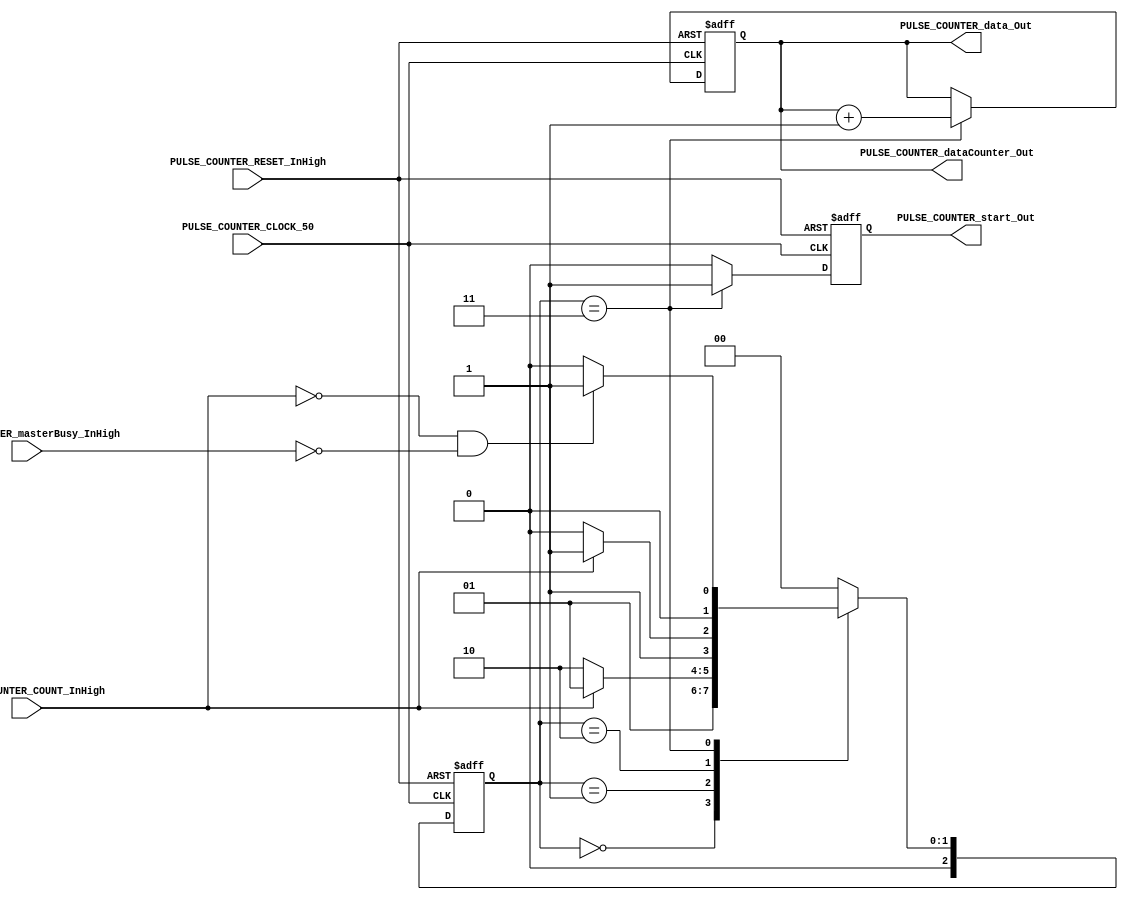
/*###########################################################################
//# G0B1T: HDL SERIAL COMMUNICATION PROTOCOLS. 2020.
//###########################################################################
//# Copyright (C) 2018. F.E.Segura Quijano (FES) fsegura@uniandes.edu.co
//# Copyright (C) 2020. F.A.Acosta David   (FAD) fa.acostad@uniandes.edu.co
//# 
//# This program is free software: you can redistribute it and/or modify
//# it under the terms of the GNU General Public License as published by
//# the Free Software Foundation, version 3 of the License.
//#
//# This program is distributed in the hope that it will be useful,
//# but WITHOUT ANY WARRANTY; without even the implied warranty of
//# MERCHANTABILITY or FITNESS FOR A PARTICULAR PURPOSE.  See the
//# GNU General Public License for more details.
//#
//# You should have received a copy of the GNU General Public License
//# along with this program.  If not, see <http://www.gnu.org/licenses/>
//#########################################################################*/

//===========================================================================
//  MODULE Definition
//===========================================================================
module PULSE_COUNTER #(parameter DATAWIDTH_BUS = 8, parameter STATE_SIZE = 3)(
//////////// OUTPUTS ////////////
	PULSE_COUNTER_start_Out,
	PULSE_COUNTER_data_Out,
	PULSE_COUNTER_dataCounter_Out,
//////////// INPUTS ////////////
	PULSE_COUNTER_CLOCK_50,
	PULSE_COUNTER_RESET_InHigh,
	PULSE_COUNTER_COUNT_InHigh,
	PULSE_COUNTER_masterBusy_InHigh
);

//===========================================================================
//  PARAMETER Declarations
//===========================================================================
//////////// STATES ////////////
localparam		State_START = 3'b000;
localparam		State_IDLE = 3'b001;
localparam		State_LOAD = 3'b010;
localparam		State_COUNT = 3'b011;

//////////// SIZES ////////////

//===========================================================================
//  PORT Declarations
//===========================================================================
//////////// OUTPUTS ////////////
output	PULSE_COUNTER_start_Out;
output	[DATAWIDTH_BUS-1:0] PULSE_COUNTER_data_Out;
output	[DATAWIDTH_BUS-1:0] PULSE_COUNTER_dataCounter_Out;
//////////// INPUTS ////////////
input		PULSE_COUNTER_CLOCK_50;
input 	PULSE_COUNTER_RESET_InHigh;
input		PULSE_COUNTER_COUNT_InHigh;
input		PULSE_COUNTER_masterBusy_InHigh;
//////////// FLAGS ////////////

//===========================================================================
//  REG/WIRE Declarations
//===========================================================================
//////////// REGISTERS ////////////
// Boolean variable to inform of new data
reg Start_Register;
// Data in terms of bytes 
reg [DATAWIDTH_BUS-1:0] Data_Register;
// Current state of the protocol
reg [STATE_SIZE-1:0] State_Register;

//////////// SIGNALS ////////////
reg Start_Signal;
reg [DATAWIDTH_BUS-1:0] Data_Signal;
reg [STATE_SIZE-1:0] State_Signal;

//===========================================================================
//  STRUCTURAL Coding
//===========================================================================
// INPUT LOGIC: Combinational
always @(*)
	begin
		case(State_Register)
			State_START:
				State_Signal = State_IDLE;
					
			State_IDLE:
				if (~PULSE_COUNTER_COUNT_InHigh)
					State_Signal = State_LOAD;
				else
					State_Signal = State_IDLE;
			
			State_LOAD:
				if (PULSE_COUNTER_COUNT_InHigh)
					State_Signal = State_COUNT;
				else
					State_Signal = State_LOAD;
					
			State_COUNT:
				if (~PULSE_COUNTER_COUNT_InHigh & ~PULSE_COUNTER_masterBusy_InHigh)
					State_Signal = State_IDLE;
				else
					State_Signal = State_START;
			
			default: State_Signal = State_START;
		endcase
	end

// STATE REGISTER : Sequential
always @(posedge PULSE_COUNTER_CLOCK_50, posedge PULSE_COUNTER_RESET_InHigh)
	begin
		if (PULSE_COUNTER_RESET_InHigh)
			begin
				Start_Register <= 1'b0;
				Data_Register <= {DATAWIDTH_BUS{1'b0}};
				State_Register <= State_START;
			end
		
		else
			begin
				Start_Register <= Start_Signal;
				Data_Register <= Data_Signal;
				State_Register <= State_Signal;
			end
	end

//===========================================================================
//  OUTPUTS
//===========================================================================
// OUTPUT LOGIC: Combinational
always @(*)
	begin
		case(State_Register)
			State_START:
				begin
					Start_Signal = 1'b0;
					Data_Signal = Data_Register;
				end
				
			State_IDLE:
				begin
					Start_Signal = 1'b0;
					Data_Signal = Data_Register;
				end

			State_LOAD:
				begin
					Start_Signal = 1'b0;
					Data_Signal = Data_Register;
				end
					
			State_COUNT:
				begin
					Start_Signal = 1'b1;
					Data_Signal = Data_Register + 8'b00000001;
				end
				
			default:
				begin
					Start_Signal = 1'b0;
					Data_Signal = Data_Register;
				end
				
		endcase
	end
	
// OUTPUT ASSIGNMENTS
assign PULSE_COUNTER_start_Out = Start_Register;
assign PULSE_COUNTER_data_Out = Data_Register;
assign PULSE_COUNTER_dataCounter_Out = Data_Register;

endmodule